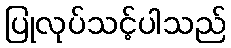
ပြုလုပ်သင့်ပါသည်